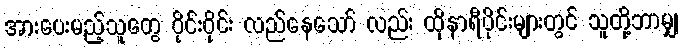
အားပေးမည့်သူတွေ ဝိုင်းဝိုင်း လည်နေသော် လည်း ထိုနာရီပိုင်းများတွင် သူတို့ဘာမျှ